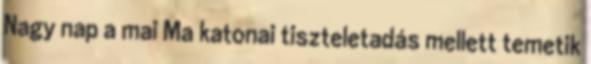
Nagy nap a mai Ma katonai tiszteletadás mellett temetik